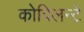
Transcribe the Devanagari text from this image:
कोविलन्टे